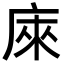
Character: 庲